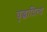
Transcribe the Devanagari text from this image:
वृद्धादित्य